65_HS1-834228961_62-HQ-83894_Section_1
Agency: FBI
Page 100
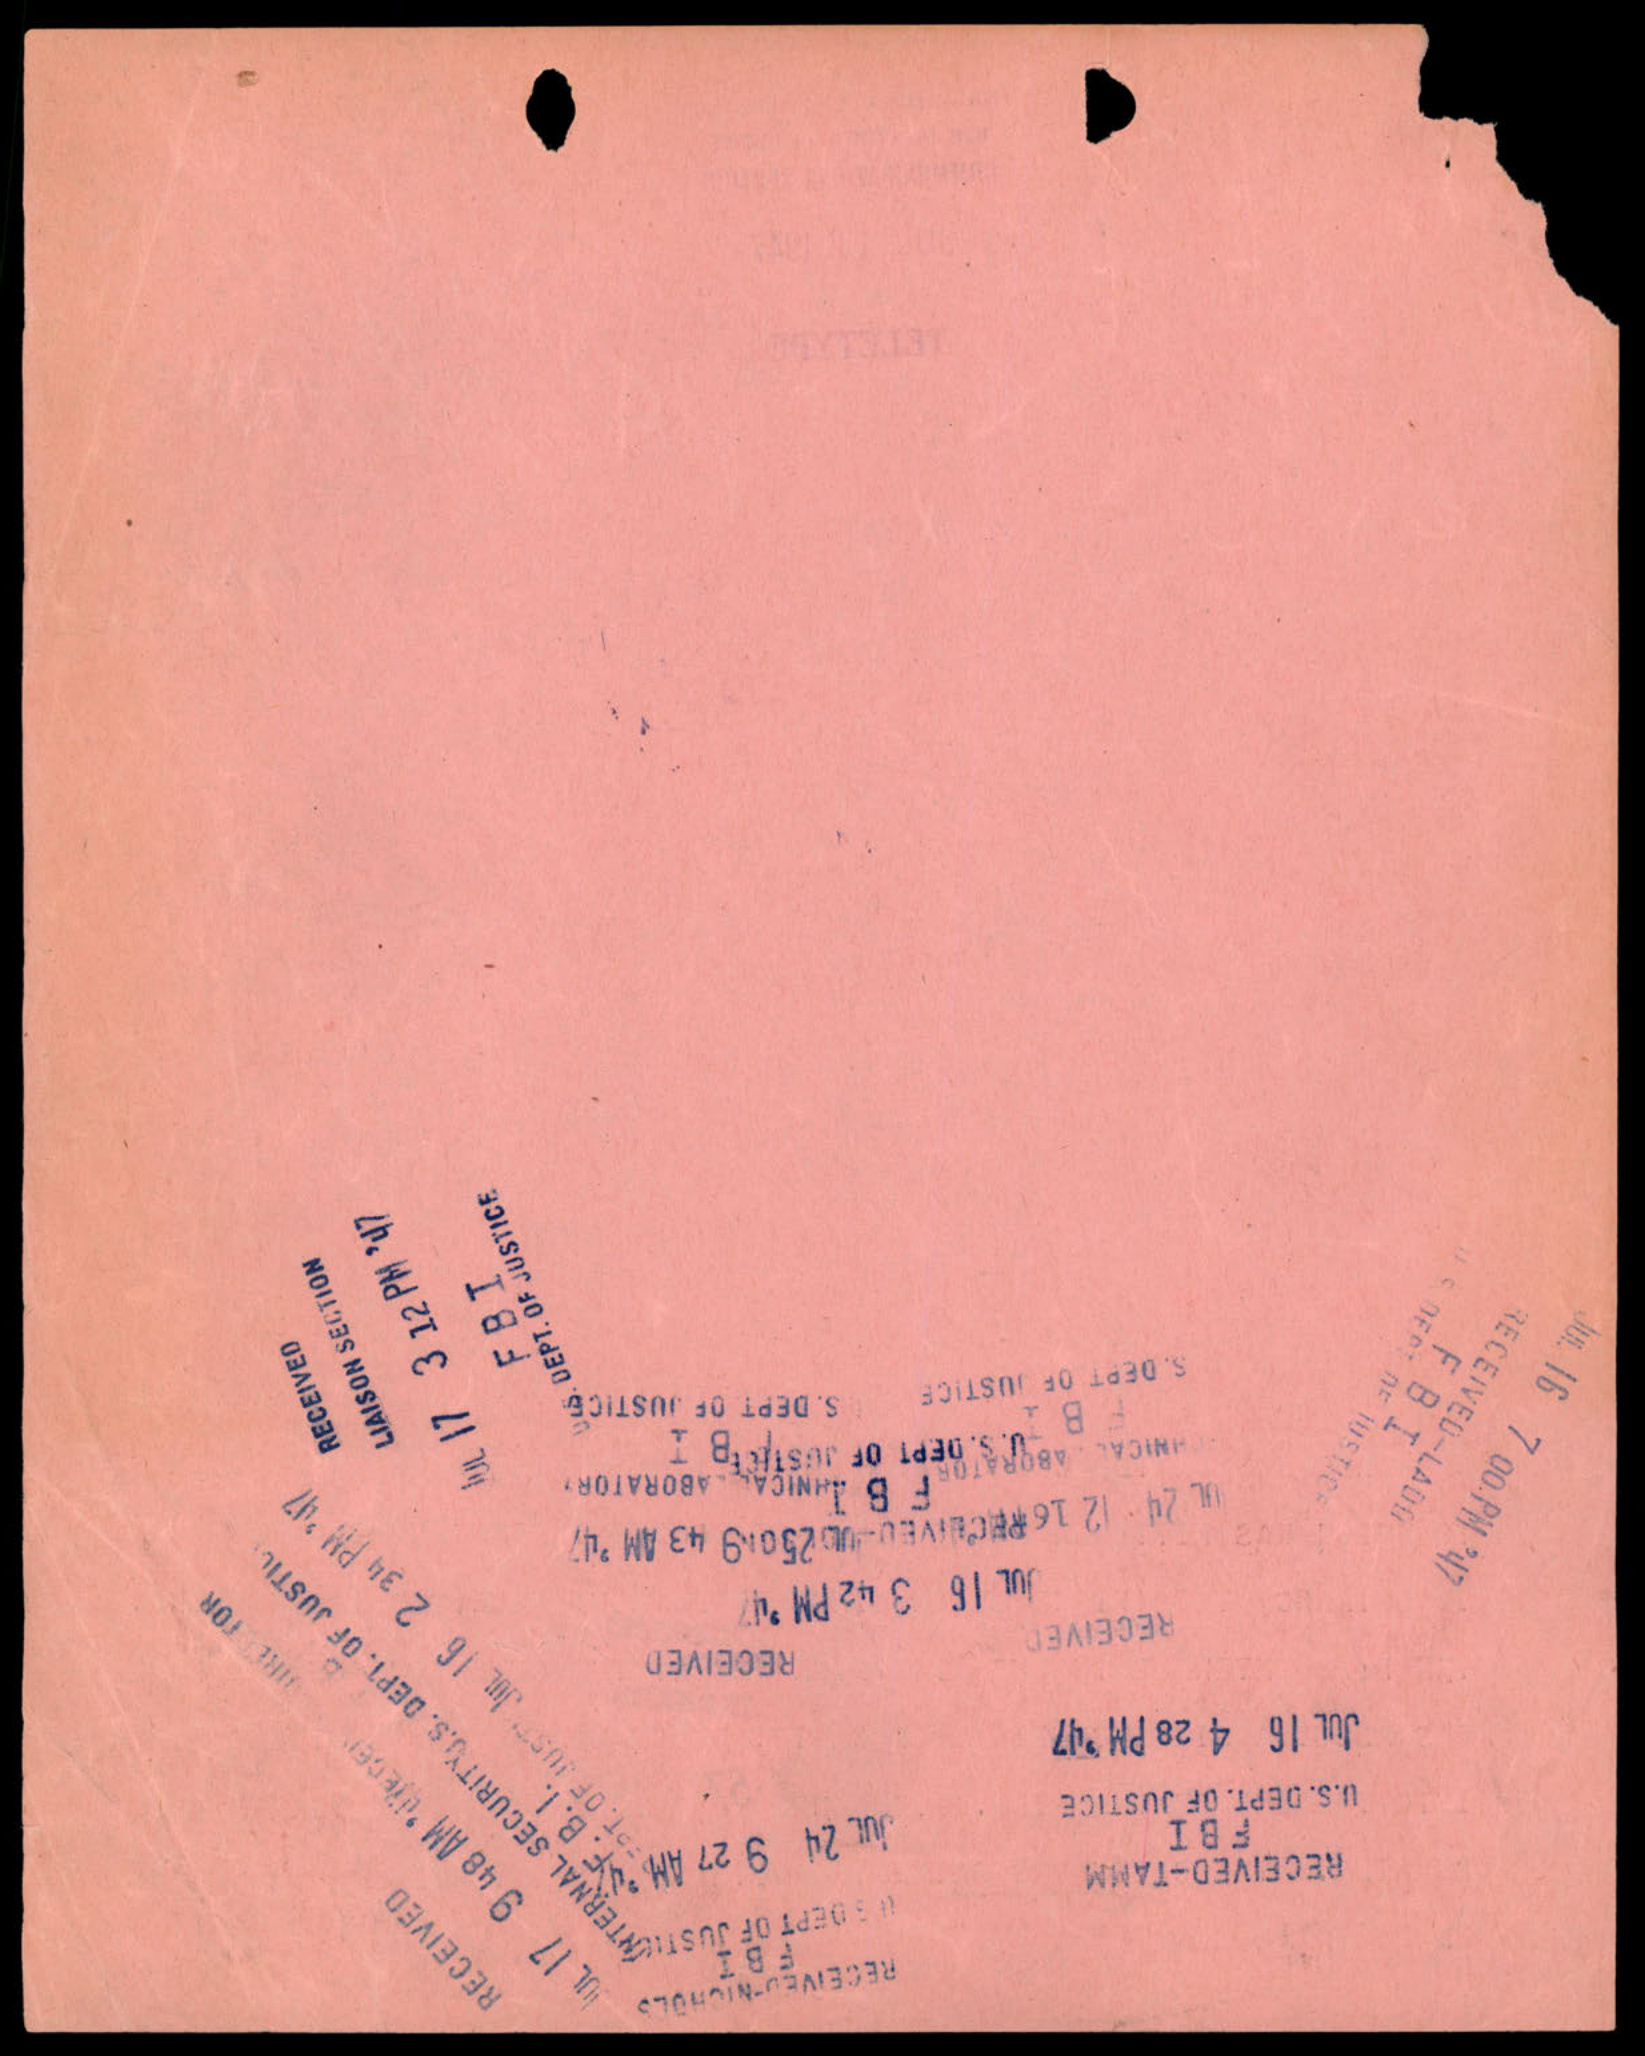